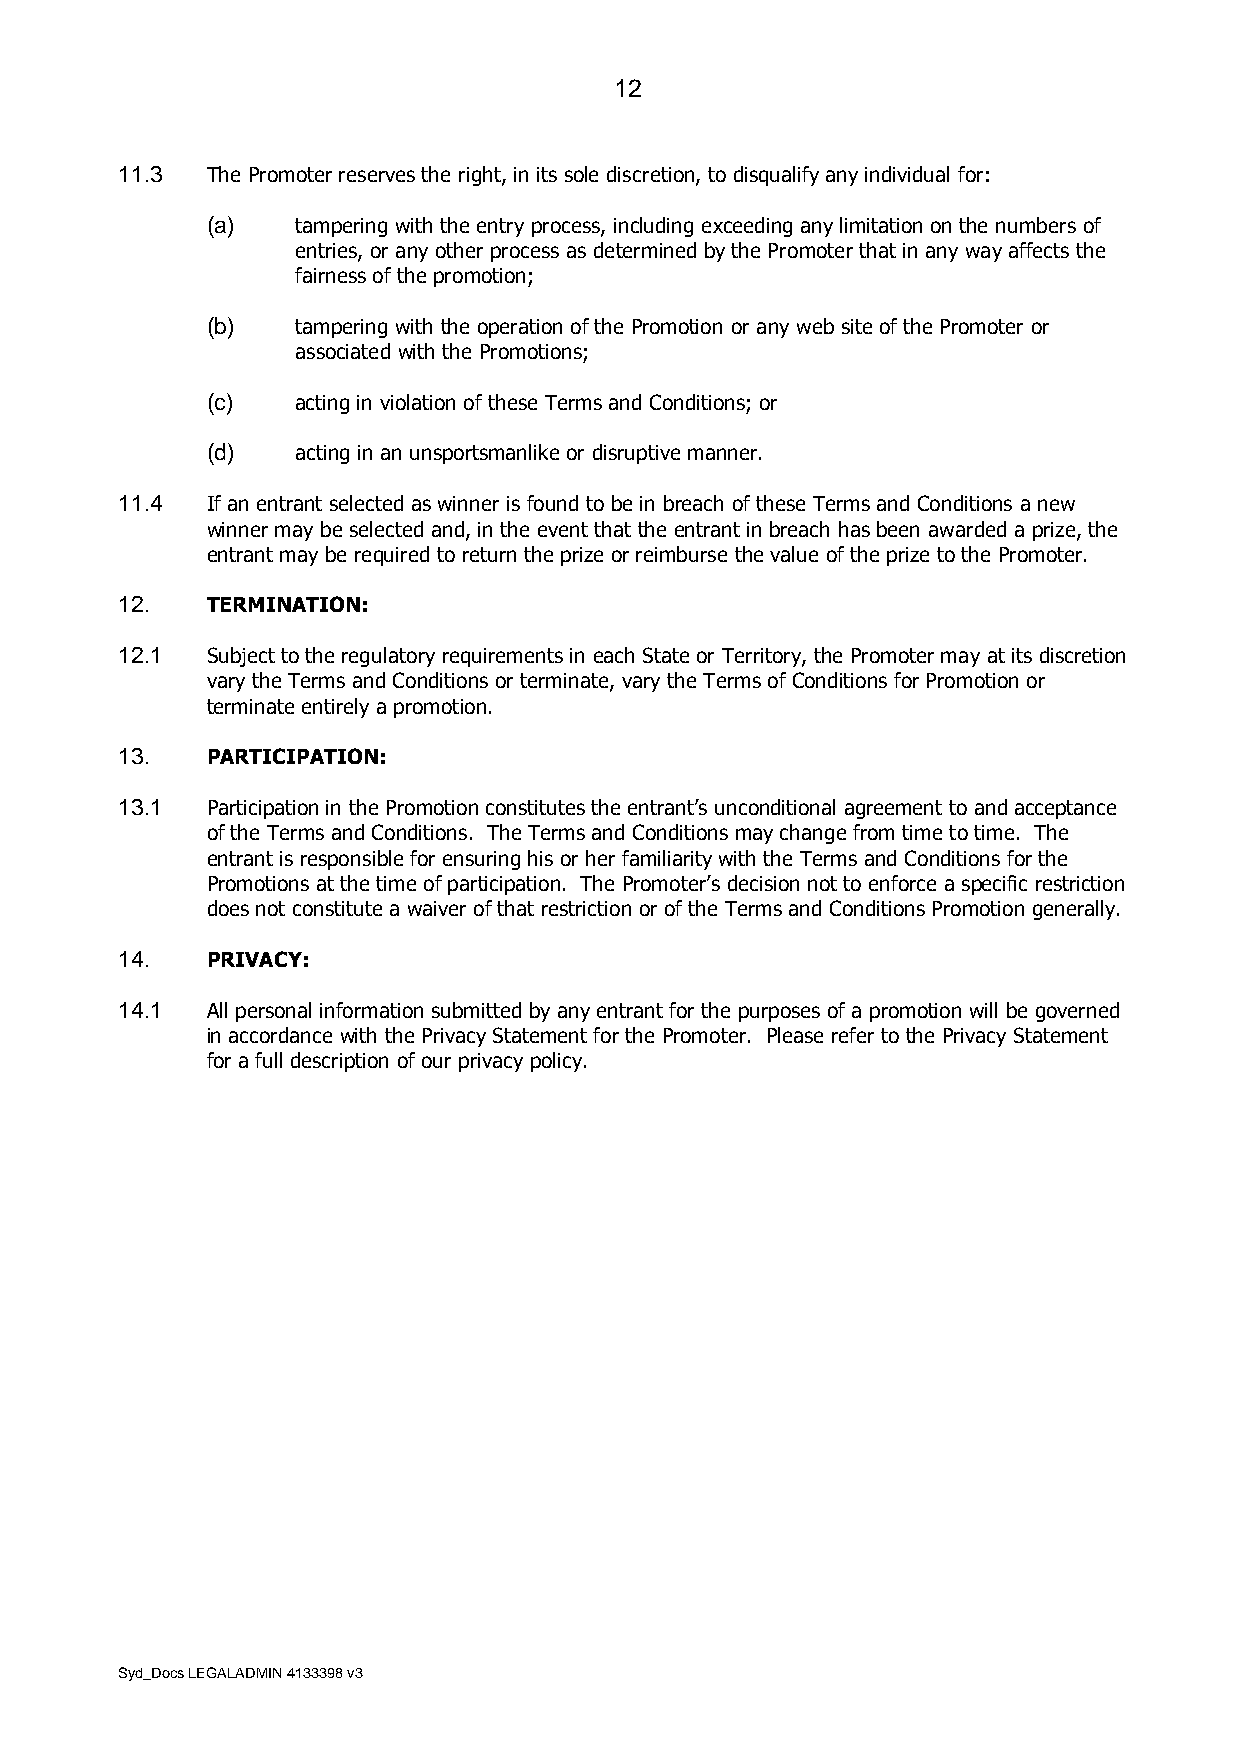
12
 11.3  The Promoter reserves the right, in its sole discretion, to disqualify any individual for:
 (a)   tampering with the entry process, including exceeding any limitation on the numbers of
 entries, or any other process as determined by the Promoter that in any way affects the
 fairness of the promotion;
 (b)   tampering with the operation of the Promotion or any web site of the Promoter or
 associated with the Promotions;
 (c)   acting in violation of these Terms and Conditions; or
 (d)   acting in an unsportsmanlike or disruptive manner.
 11.4  If an entrant selected as winner is found to be in breach of these Terms and Conditions a new
 winner may be selected and, in the event that the entrant in breach has been awarded a prize, the
 entrant may be required to return the prize or reimburse the value of the prize to the Promoter.
 12.   TERMINATION:
 12.1  Subject to the regulatory requirements in each State or Territory, the Promoter may at its discretion
 vary the Terms and Conditions or terminate, vary the Terms of Conditions for Promotion or
 terminate entirely a promotion.
 13.   PARTICIPATION:
 13.1  Participation in the Promotion constitutes the entrant’s unconditional agreement to and acceptance
 of the Terms and Conditions. The Terms and Conditions may change from time to time. The
 entrant is responsible for ensuring his or her familiarity with the Terms and Conditions for the
 Promotions at the time of participation. The Promoter’s decision not to enforce a specific restriction
 does not constitute a waiver of that restriction or of the Terms and Conditions Promotion generally.
 14.   PRIVACY:
 14.1  All personal information submitted by any entrant for the purposes of a promotion will be governed
 in accordance with the Privacy Statement for the Promoter. Please refer to the Privacy Statement
 for a full description of our privacy policy.
 Syd_Docs LEGALADMIN 4133398 v3